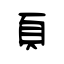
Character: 頁